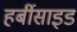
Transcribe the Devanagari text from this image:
हर्बीसाइड